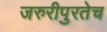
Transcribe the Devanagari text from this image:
जरुरीपुरतेच